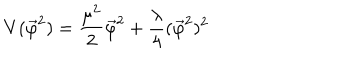
LaTeX: V ( \vec { \varphi } ^ { 2 } ) = \frac { \mu ^ { 2 } } { 2 } \vec { \varphi } ^ { 2 } + \frac { \lambda } { 4 } ( \vec { \varphi } ^ { 2 } ) ^ { 2 }